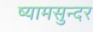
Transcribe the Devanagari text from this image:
ष्यामसुन्दर